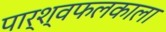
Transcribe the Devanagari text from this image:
पार्श्वफलकाला